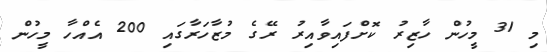
މި 31 މީހުން ހާޒިރު ކޮށްފައިވާއިރު ރޭގެ މުޒާހަރާގައި 200 އެއްހާ މީހުން